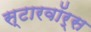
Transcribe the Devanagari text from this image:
स्टारवॉर्स